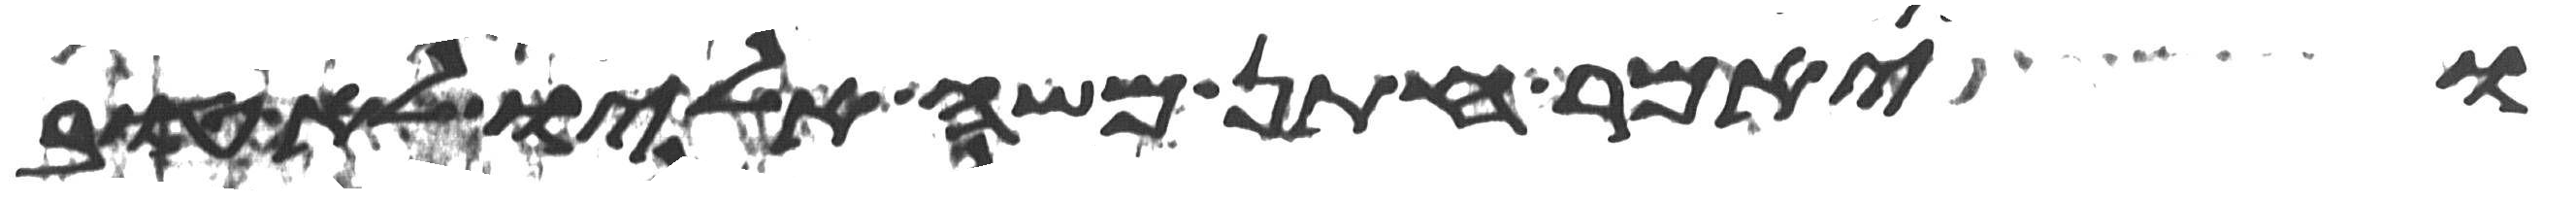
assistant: ויאמר חתן משה אליו לא טוב